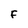
Character: F